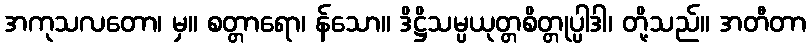
အကုသလတော၊ မှ။ စတ္တာရော၊ န်သော။ ဒိဋ္ဌိသမ္ပယုတ္တစိတ္တုပ္ပါဒါ၊ တို့သည်။ အတီတာ